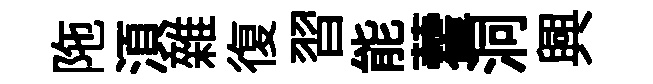
陁湏雜復習能藿洞興